Lunatic asylums Madras 1892-1911 - 1892-1911
Year: 1892
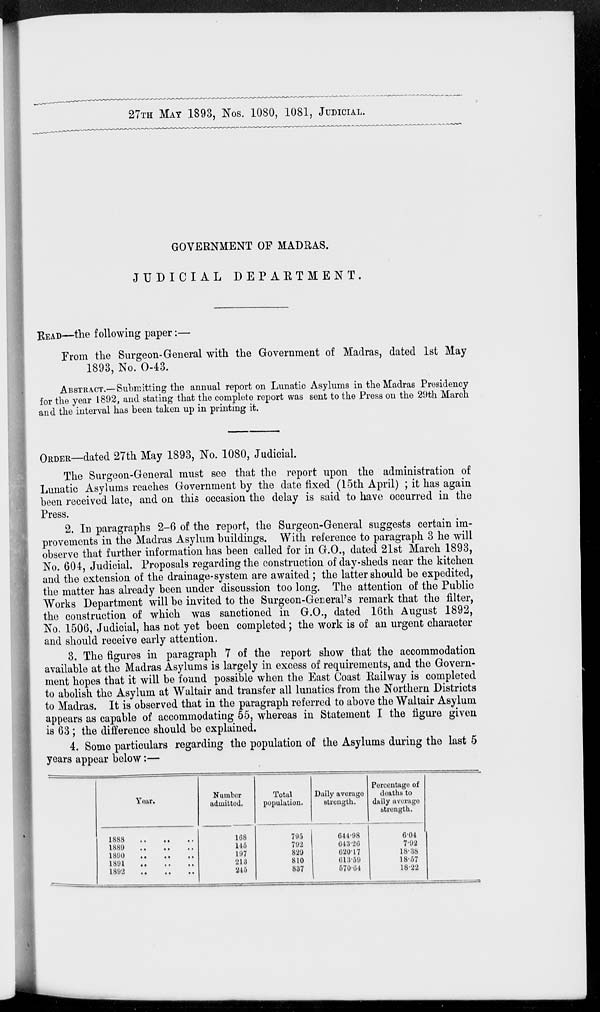
27TH MAY 1893, Nos. 1080, 1081, JUDICIAL.
GOVERNMENT OF MADRAS.
JUDICIAL
DEPARTMENT.
READ—the following paper:—
From the Surgeon-General with the Government of Madras, dated 1st May
1893, No. O-43.
ABSTRACT.—Submitting the annual report on Lunatic Asylums in the Madras Presidency
for the year 1892, and stating that the complete report was sent to the Press on the 29th March
and the interval has been taken up in printing it.
ORDER—dated 27th May 1893, No. 1080, Judicial.
The Surgeon-General must see that the report upon the administration of
Lunatic Asylums reaches Government by the date fixed (15th April) ; it has again
been received late, and on this occasion the delay is said to have occurred in the
Press.
2. In paragraphs 2-6 of the report, the Surgeon-General suggests certain im-
provements in the Madras Asylum buildings. With reference to paragraph 3 he will
observe that further information has been called for in G.O., dated 21st March 1893,
No. 604, Judicial. Proposals regarding the construction of day-sheds near the kitchen
and the extension of the drainage-system are awaited ; the latter should be expedited,
the matter has already been under discussion too long. The attention of the Public
Works Department will be invited to the Surgeon-General's remark that the filter,
the construction of which was sanctioned in G.O., dated 16th August 1892,
No. 1506, Judicial, has not yet been completed; the work is of an urgent character
and should receive early attention.
3. The figures in paragraph 7 of the report show that the accommodation
available at the Madras Asylums is largely in excess of requirements, and the Govern-
ment hopes that it will be found possible when the East Coast Railway is completed
to abolish the Asylum at Waltair and transfer all lunatics from the Northern Districts
to Madras. It is observed that in the paragraph referred to above the Waltair Asylum
appears as capable of accommodating 55, whereas in Statement I the figure given
is 63 ; the difference should be explained.
4. Some particulars regarding the population of the Asylums during the last 5
years appear below:—
Year.
1888
..
..
..
1889
..
..
..
1890
..
..
..
1891
..
..
..
1892
..
..
..
Number
admitted.
168
145
197
213
245
Total
population.
795
792
829
810
837
Daily average
strength.
644.98
643.26
620.17
613.59
570.64
Percentage of
deaths to
daily average
strength.
6.04
7.92
18.38
18.57
18.22